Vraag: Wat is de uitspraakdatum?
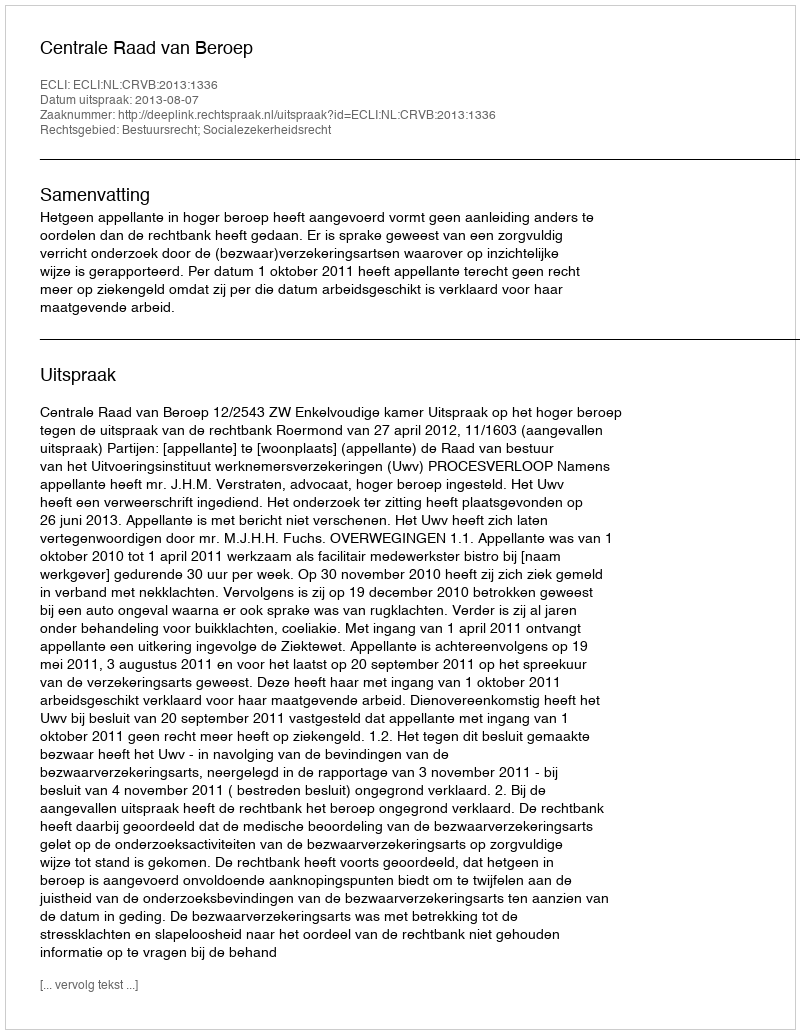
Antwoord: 2013-08-07